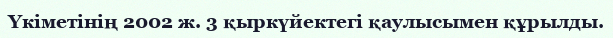
Үкіметінің 2002 ж. 3 қыркүйектегі қаулысымен құрылды.